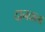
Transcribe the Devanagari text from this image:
दानवाला